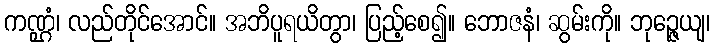
ကဏ္ဌံ၊ လည်တိုင်အောင်။ အဘိပူရယိတွာ၊ ပြည့်စေ၍။ ဘောဇနံ၊ ဆွမ်းကို။ ဘုဉ္ဇေယျ၊